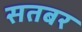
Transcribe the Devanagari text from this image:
सतबर